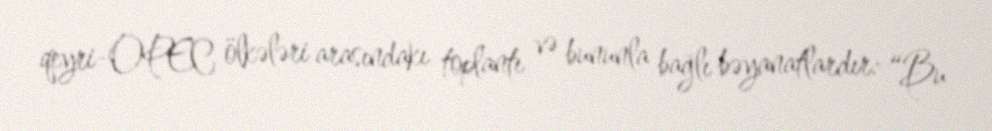
qeyri-OPEC ölkələri arasındakı toplantı və bununla bağlı bəyanatlardır: “Bu